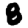
Digit: 8